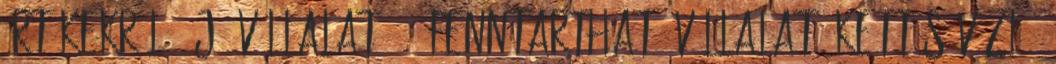
értékekről „ Jó vállalat” = „Fenntartható vállalat” Kettős vízió: